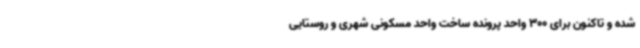
شده و تاکنون برای 300 واحد پرونده ساخت واحد مسکونی شهری و روستایی